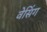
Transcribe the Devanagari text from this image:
वेसिंग